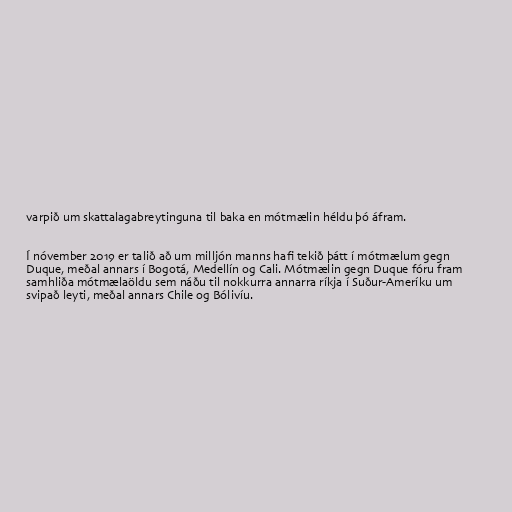
varpið um skattalagabreytinguna til baka en mótmælin héldu þó áfram.

Í nóvember 2019 er talið að um milljón manns hafi tekið þátt í mótmælum gegn
Duque, meðal annars í Bogotá, Medellín og Cali. Mótmælin gegn Duque fóru fram
samhliða mótmælaöldu sem náðu til nokkurra annarra ríkja í Suður-Ameríku um
svipað leyti, meðal annars Chile og Bólivíu.